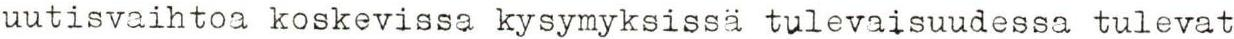
uutisvaihtoa koskevissa kysymyksissä tulevaisuudessa tulevat